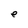
Character: e